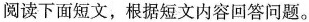
阅读下面短文,根据短文内容回答问题.